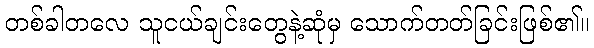
တစ်ခါတလေ သူငယ်ချင်းတွေနဲ့ဆုံမှ သောက်တတ်ခြင်းဖြစ်၏။